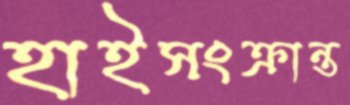
হাইসংক্রান্ত